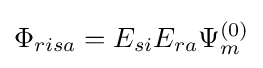
\Phi _{risa}=E_{si}E_{ra}\Psi _{m}^{(0)}